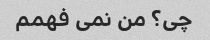
چی؟ من نمی فهمم